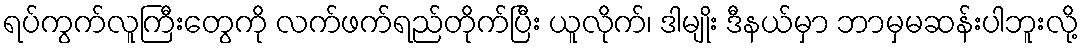
ရပ်ကွက်လူကြီးတွေကို လက်ဖက်ရည်တိုက်ပြီး ယူလိုက်၊ ဒါမျိုး ဒီနယ်မှာ ဘာမှမဆန်းပါဘူးလို့